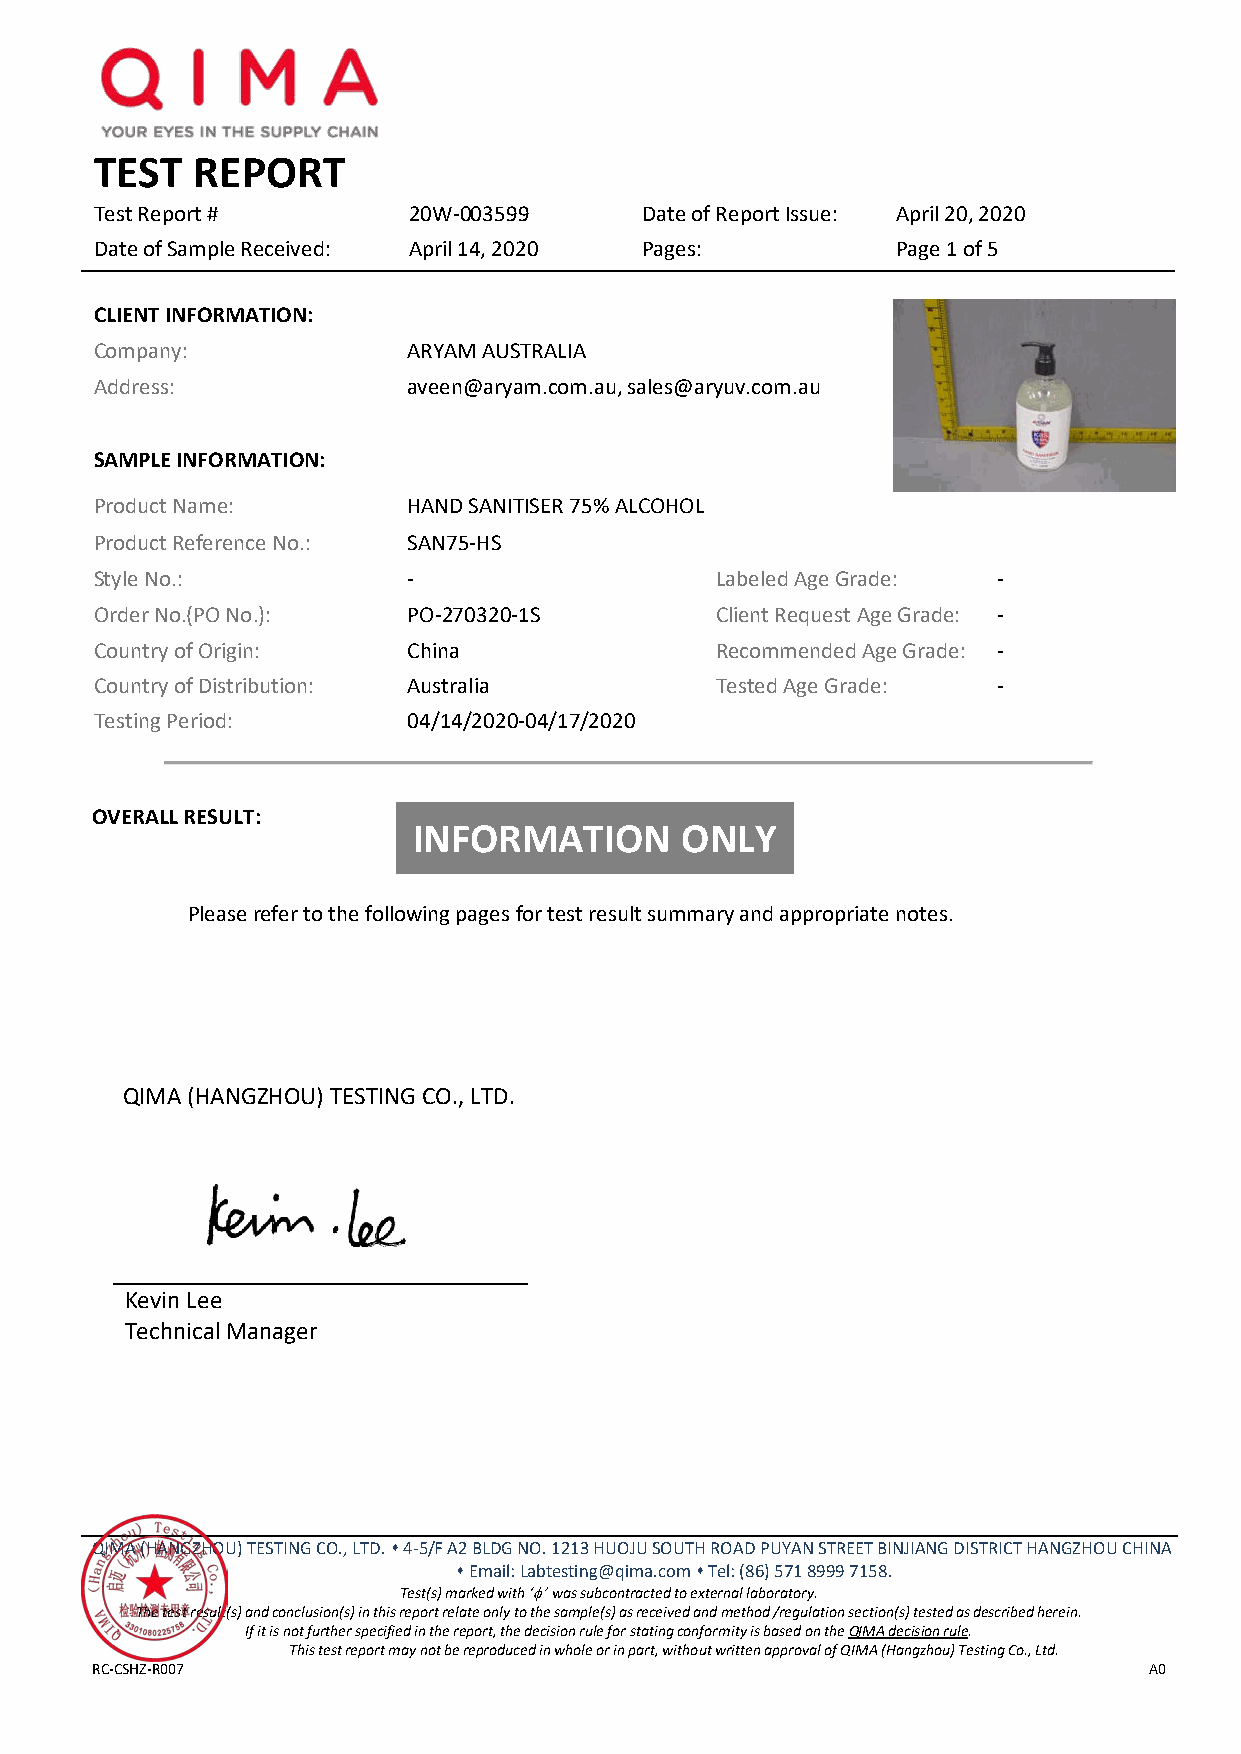
TEST   REPORT
 Test Report #        20W-003599     Date of Report Issue: April 20, 2020
 Date of Sample Received: April 14, 2020 Pages:       Page 1 of 5
 CLIENT INFORMATION:
 Company:             ARYAM AUSTRALIA
 Address:             aveen@aryam.com.au, sales@aryuv.com.au
 SAMPLE INFORMATION:
 Product Name:        HAND SANITISER 75% ALCOHOL
 Product Reference No.: SAN75-HS
 Style No.:           -                   Labeled Age Grade: -
 Order No.(PO No.):   PO-270320-1S        Client Request Age Grade: -
 Country of Origin:   China               Recommended Age Grade: -
 Country of Distribution: Australia       Tested Age Grade:  -
 Testing Period:      04/14/2020-04/17/2020
 OVERALL RESULT:
 INFORMATION       ONLY
 Please refer to the following pages for test result summary and appropriate notes.
 QIMA (HANGZHOU) TESTING CO., LTD.
 Kevin Lee
 Technical Manager
 QIMA (HANGZHOU) TESTING CO., LTD.  4-5/F A2 BLDG NO. 1213 HUOJU SOUTH ROAD PUYAN STREET BINJIANG DISTRICT HANGZHOU CHINA
  Email: Labtesting@qima.com  Tel: (86) 571 8999 7158.
 Test(s) marked with ‘φ ’ was subcontracted to external laboratory.
 The test result(s) and conclusion(s) in this report relate only to the sample(s) as received and method /regulation section(s) tested as described herein.
 If it is not further specified in the report, the decision rule for stating conformity is based on the QIMA decision rule.
 This test report may not be reproduced in whole or in part, without written approval of QIMA (Hangzhou) Testing Co., Ltd.
 RC-CSHZ-R007                                                          A0